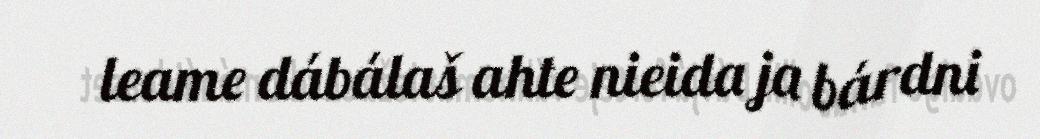
leame dábálaš ahte nieida ja bárdni